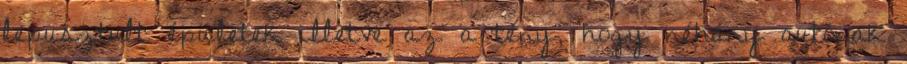
lepusztult épületek illetve az a tény, hogy néhány autónak